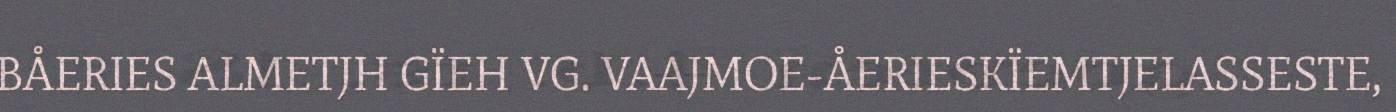
BÅERIES ALMETJH GÏEH VG. VAAJMOE-ÅERIESKÏEMTJELASSESTE,